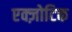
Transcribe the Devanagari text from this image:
एक्ज़ोटिक